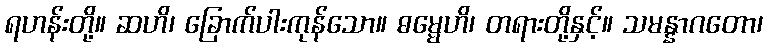
ရဟန်းတို့။ ဆဟိ၊ ခြောက်ပါးကုန်သော။ ဓမ္မေဟိ၊ တရားတို့နှင့်။ သမန္နာဂတော၊